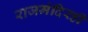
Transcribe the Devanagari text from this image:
राजमंदिरही